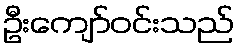
ဦးကျော်ဝင်းသည်